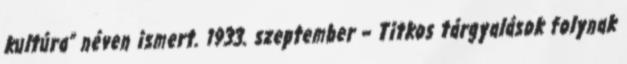
kultúra” néven ismert. 1933. szeptember – Titkos tárgyalások folynak